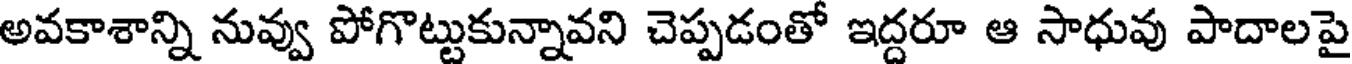
అవకాశాన్ని నువ్వు పోగొట్టుకున్నావని చెప్పడంతో ఇద్దరూ ఆ సాధువు పాదాలపై